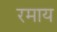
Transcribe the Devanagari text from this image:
रमाय